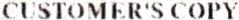
CUSTOMER'S COPY